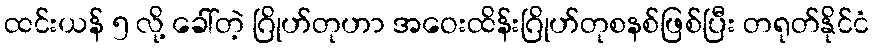
ထင်းယန် ၅ လို့ ခေါ်တဲ့ ဂြိုဟ်တုဟာ အဝေးထိန်းဂြိုဟ်တုစနစ်ဖြစ်ပြီး တရုတ်နိုင်ငံ